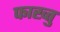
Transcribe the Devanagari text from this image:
फाख्तु